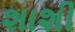
શાશી